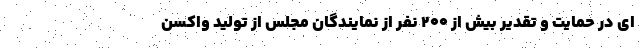
ای در حمایت و تقدیر بیش از ۲۰۰ نفر از نمایندگان مجلس از تولید واکسن